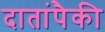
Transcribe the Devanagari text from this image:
दातांपैकी